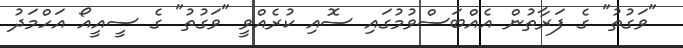
"ވަގުތު" ގެ ފަރާތުން އެއްބަސްވުމުގައި ސޮއި ކުރެއްވީ "ވަގުތު" ގެ ސީއީއޯ އަހްމަދު